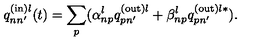
q _ { n n ^ { \prime } } ^ { \mathrm { ( i n ) } l } ( t ) = \sum _ { p } ( \alpha _ { n p } ^ { l } q _ { p n ^ { \prime } } ^ { \mathrm { ( o u t ) } l } + \beta _ { n p } ^ { l } q _ { p n ^ { \prime } } ^ { \mathrm { ( o u t ) } l \ast } ) .